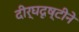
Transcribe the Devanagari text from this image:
दीर्घदृष्टीने